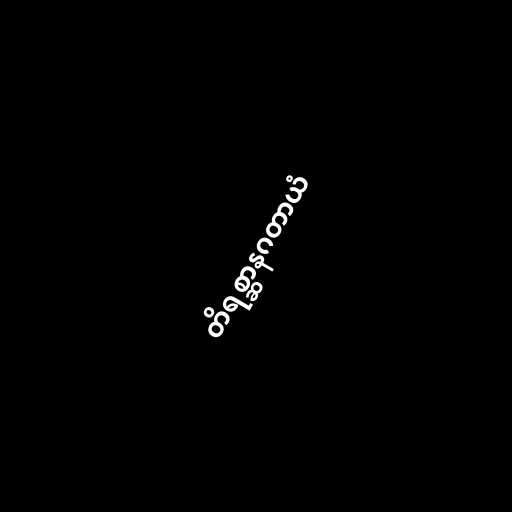
တိရစ္ဆာနဂတာယံ